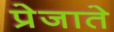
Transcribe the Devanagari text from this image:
प्रेजाते